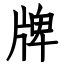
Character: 牌